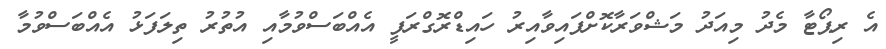
އެ ރިޕޯޓާ މެދު މިއަދު މަޝްވަރާކޮށްފައިވާއިރު ހައިޑްރޮގްރަފީ އެއްބަސްވުމާއި އުތުރު ތިލަފަޅު އެއްބަސްވުމާ